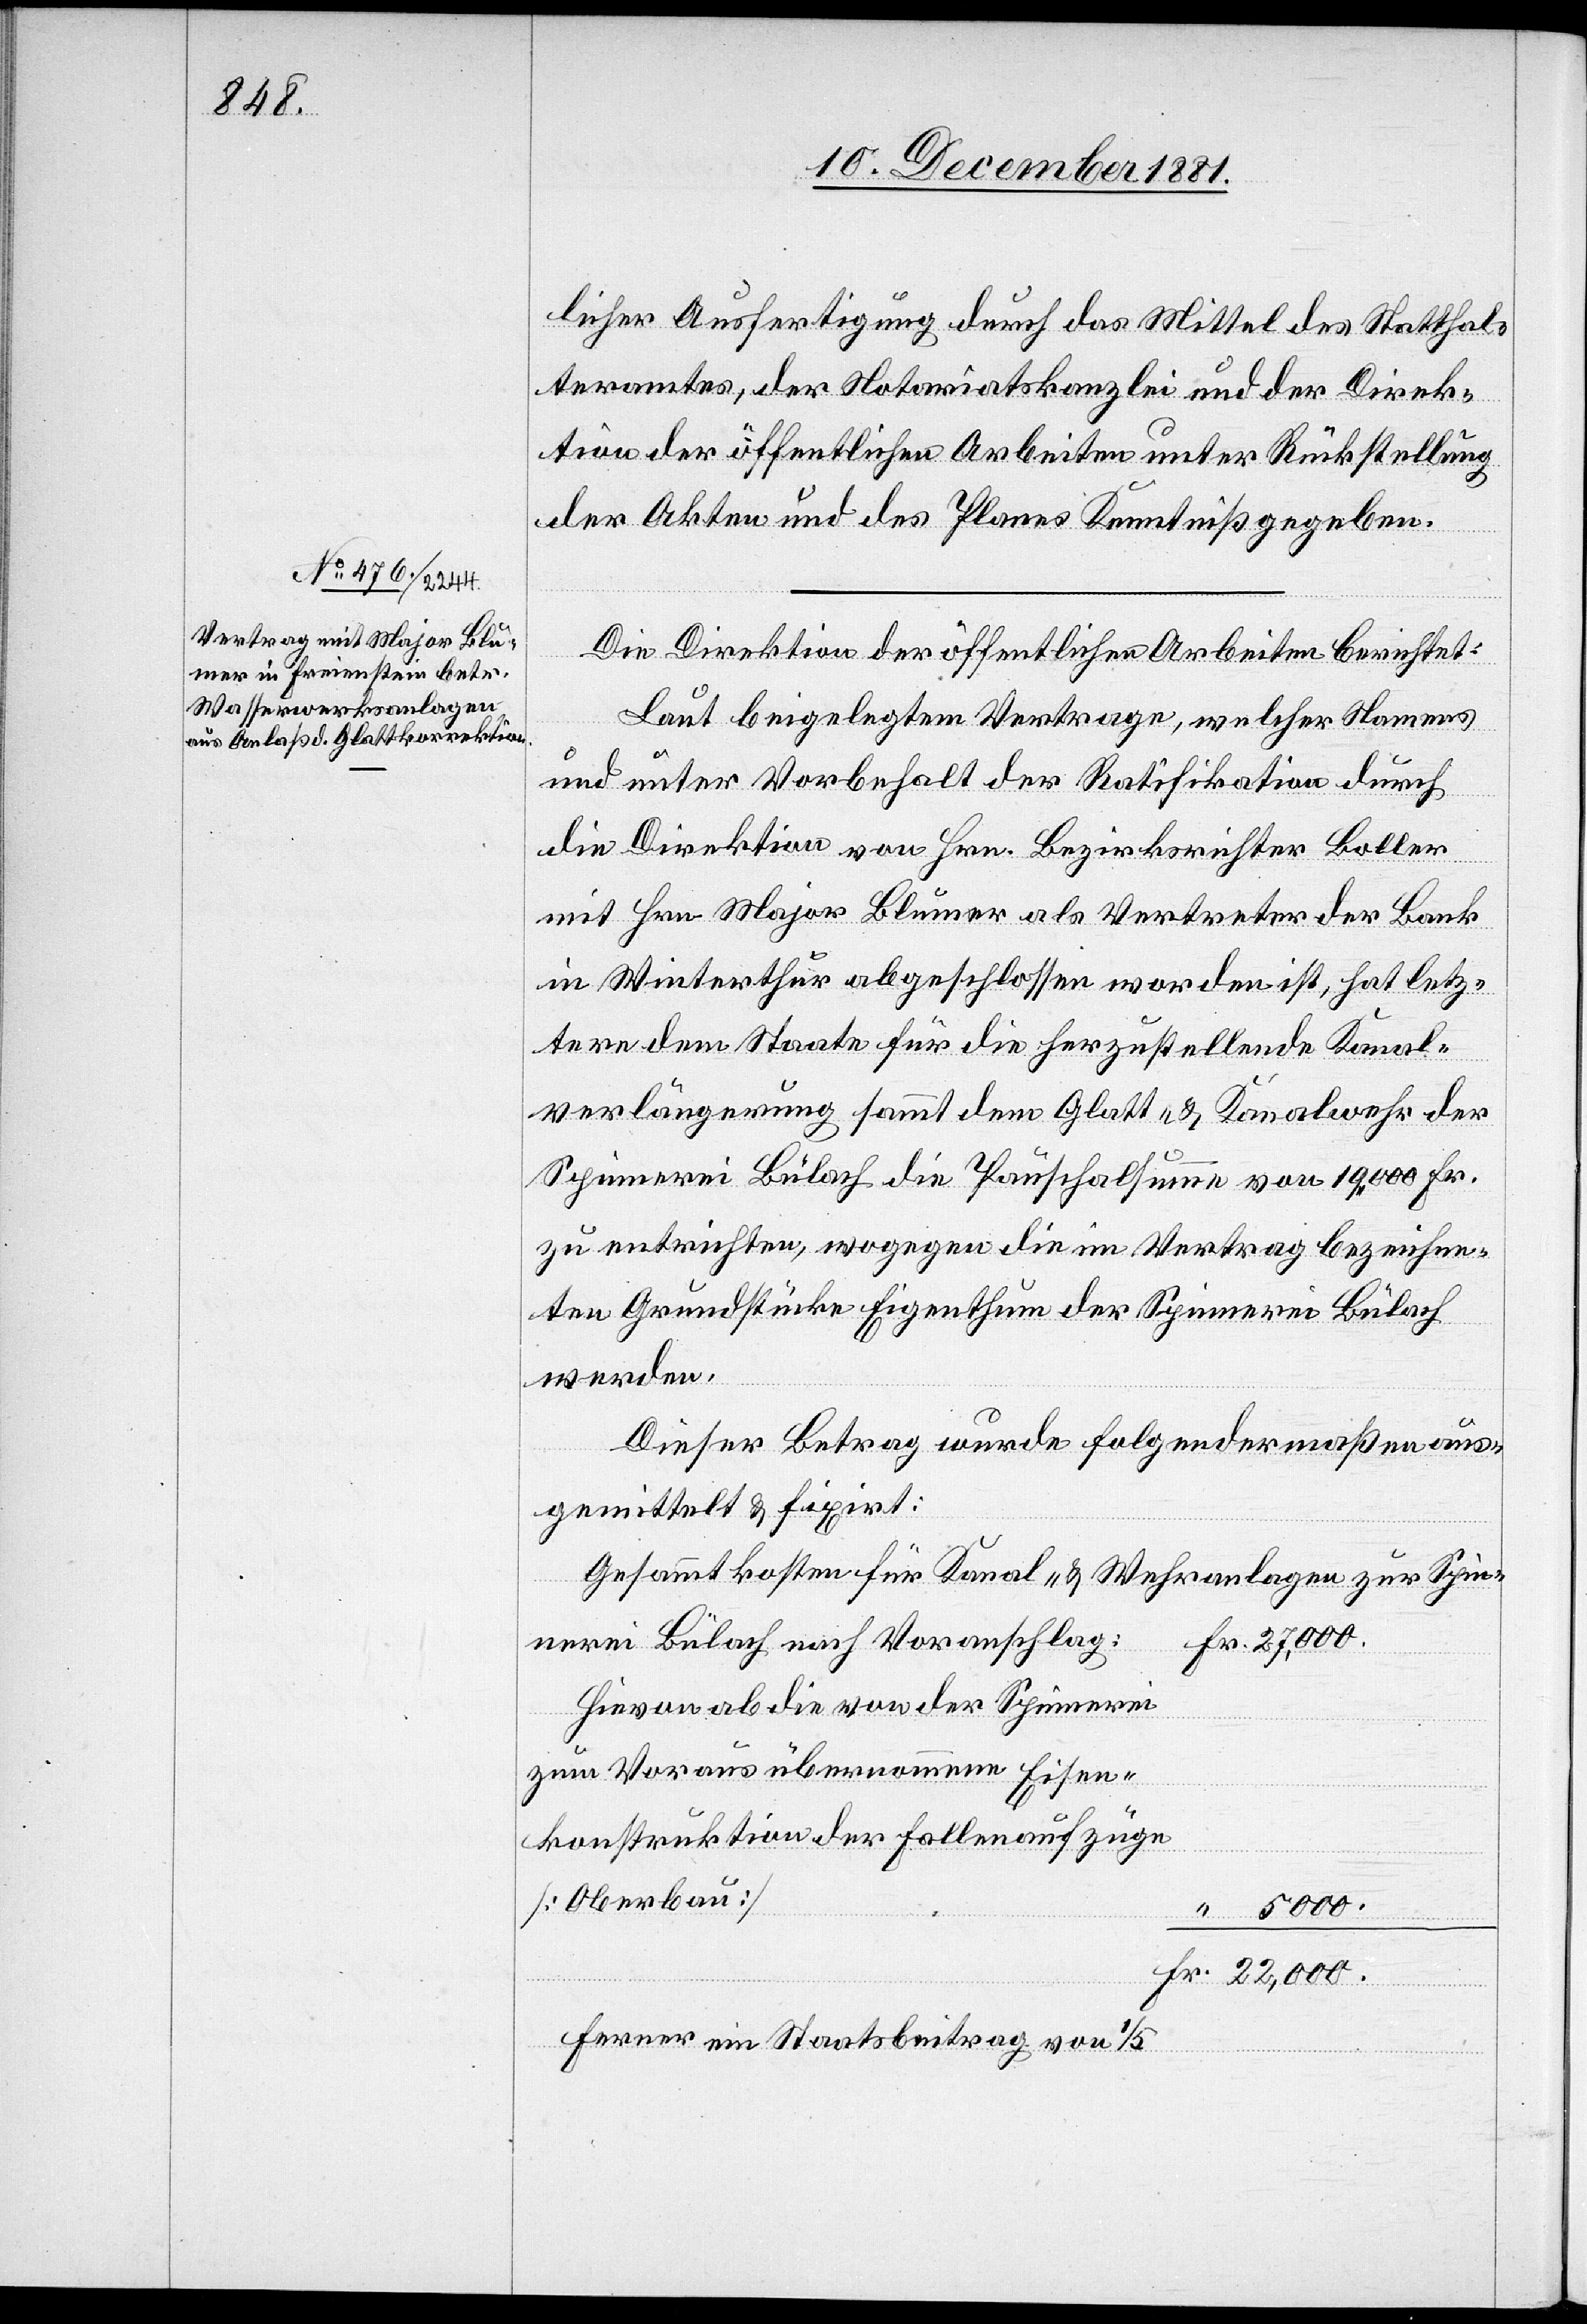
000.

licher Ausfertigung durch das Mittel des Statthal¬
teramtes, der Notariatskanzlei und der Direk¬
tion der öffentlichen Arbeiten unter Rückstellung
der Akten und des Planes Kenntniß gegeben.
22,
Die Direktion der öffentlichen Arbeiten berichtet:
Laut beigelegtem Vertrage, welcher Namens
5
und unter Vorbehalt der Ratifikation durch
die Direktion von Hrn. Bezirksrichter Boller
mit Hrn. Major Blumer als Vertreter der Bank
in Winterthur abgeschlossen worden ist, hat letz¬
tere dem Staate für die herzustellende Kanal¬
verlängerung sammt dem Glatt- & Kanalwehr der
Spinnerei Bülach die Pauschalsumme von 19,000 Fr.
zu entrichten, wogegen die im Vertrag bezeichne¬
ten Grundstücke Eigenthum der Spinnerei Bülach
werden.
Dieser Betrag wurde folgendermaßen aus¬
gemittelt & fixirt:
Gesammtkosten für Kanal- & Wehranlagen zur Spin¬
nerei Bülach nach Voranschlag:
Hievon ab die von der Spinnerei
zum Voraus übernommene Eisen¬
konstruktion der Fallenaufzüge
[Oberbau]
Ferner ein Staatsbeitrag von 1/5